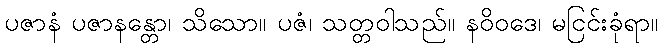
ပဇာနံ ပဇာနန္တော၊ သိသော။ ပဇံ၊ သတ္တဝါသည်။ နဝိဝဒေ၊ မငြင်းခုံရာ။